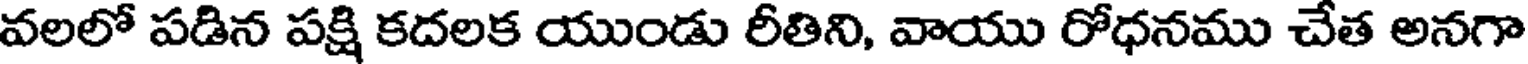
వలలో పడిన పక్షి కదలక యుండు రీతిని, వాయు రోధనము చేత అనగా